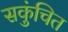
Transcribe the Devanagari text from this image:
सकुंचित